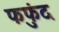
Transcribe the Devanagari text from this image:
फफुंद